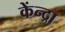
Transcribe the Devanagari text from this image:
केंन्द्रा